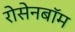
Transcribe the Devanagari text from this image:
रोसेनबॉम